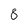
Character: 8